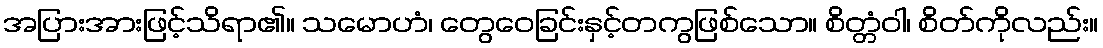
အပြားအားဖြင့်သိရာ၏။ သမောဟံ၊ တွေဝေခြင်းနှင့်တကွဖြစ်သော။ စိတ္တံဝါ၊ စိတ်ကိုလည်း။